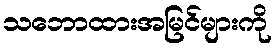
သဘောထားအမြင်များကို